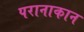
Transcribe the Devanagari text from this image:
परानाकान